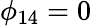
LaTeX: \phi_{14}=0